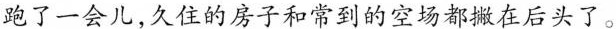
跑了一会儿，久住的房子和常到的空场都撇在后头了。